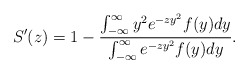
\begin{align*}S'(z)=1-\frac{\int_{-\infty}^{\infty}y^2 e^{-zy^2}f(y)dy}{\int_{-\infty}^{\infty}e^{-zy^2}f(y)dy}.\end{align*}